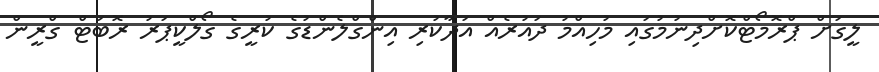
ލީގަށް ޕްރޮމޯޓްކޮށްދިނުމުގައި މުހިއްމު ދައުރެއް އަދާކުރި އިންގްލެންޑުގެ ކުރީގެ ގޯލްކީޕަރު ރޮބަޓް ގްރީން